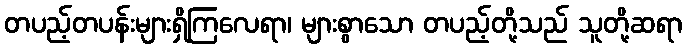
တပည့်တပန်းများရှိကြလေရာ၊ များစွာသော တပည့်တို့သည် သူတို့ဆရာ